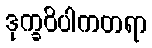
ဒုက္ခဝိပါကတရာ